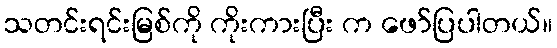
သတင်းရင်းမြစ်ကို ကိုးကားပြီး က ဖော်ပြပါတယ်။